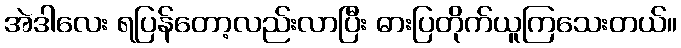
အဲဒါလေး ရပြန်တော့လည်းလာပြီး ဓားပြတိုက်ယူကြသေးတယ်။